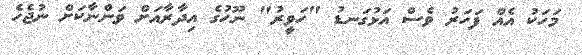
މަހަކު އެއް ފަހަރު ވެސް އަޅުގަނޑު "ހަވީރު" ނޫހުގެ އިދާރާއަށް ވަންނާކަށް ނުޖެހެ